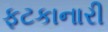
ફટકાનારી